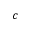
c